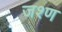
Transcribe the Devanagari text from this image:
जश्ण